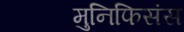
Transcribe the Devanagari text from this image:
मुनिफिसंस